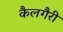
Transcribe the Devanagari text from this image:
कैलगैरी